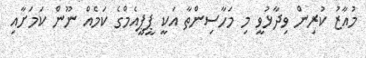
މުއާޒު ކުރިން ވިދާޅުވީ މި މަހާސިންތާ އަކީ ޕީޕީއެމްގެ ކަމެއް ނޫން ކަމަށާއި